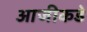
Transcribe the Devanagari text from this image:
आजीकडे